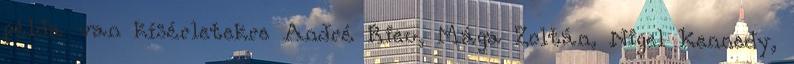
példa van kísérletekre André Rieu, Mága Zoltán, Nigel Kennedy,